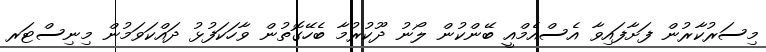
މިސަރުކާރުން ފަށާފައިވާ އެސްއެމްއީ ބޭންކުން ލޯނު ދޫކުރުމާ ބެހޭގޮތުން ވާހަކަފުޅު ދައްކަވަމުން މިނިސްޓަރ